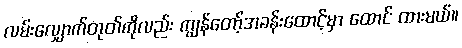
လမ်းလျှောက်တုတ်ကိုလည်း ကျွန်တော့်အခန်းထောင့်မှာ ထောင် ထားမယ်။